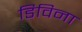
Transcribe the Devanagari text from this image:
डिविना